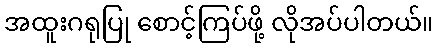
အထူးဂရုပြု စောင့်ကြပ်ဖို့ လိုအပ်ပါတယ်။